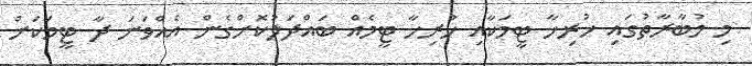
މި މުބާރާތުގައި ހުރިހާ ޓީމަކާއި ހުރިހާ ޓީމެއް ބައްދަލުކޮށްގެން އެއްވަނަ ދާ ޓީމަކަށް